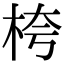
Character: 桍